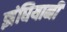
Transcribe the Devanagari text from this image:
झंघियानी